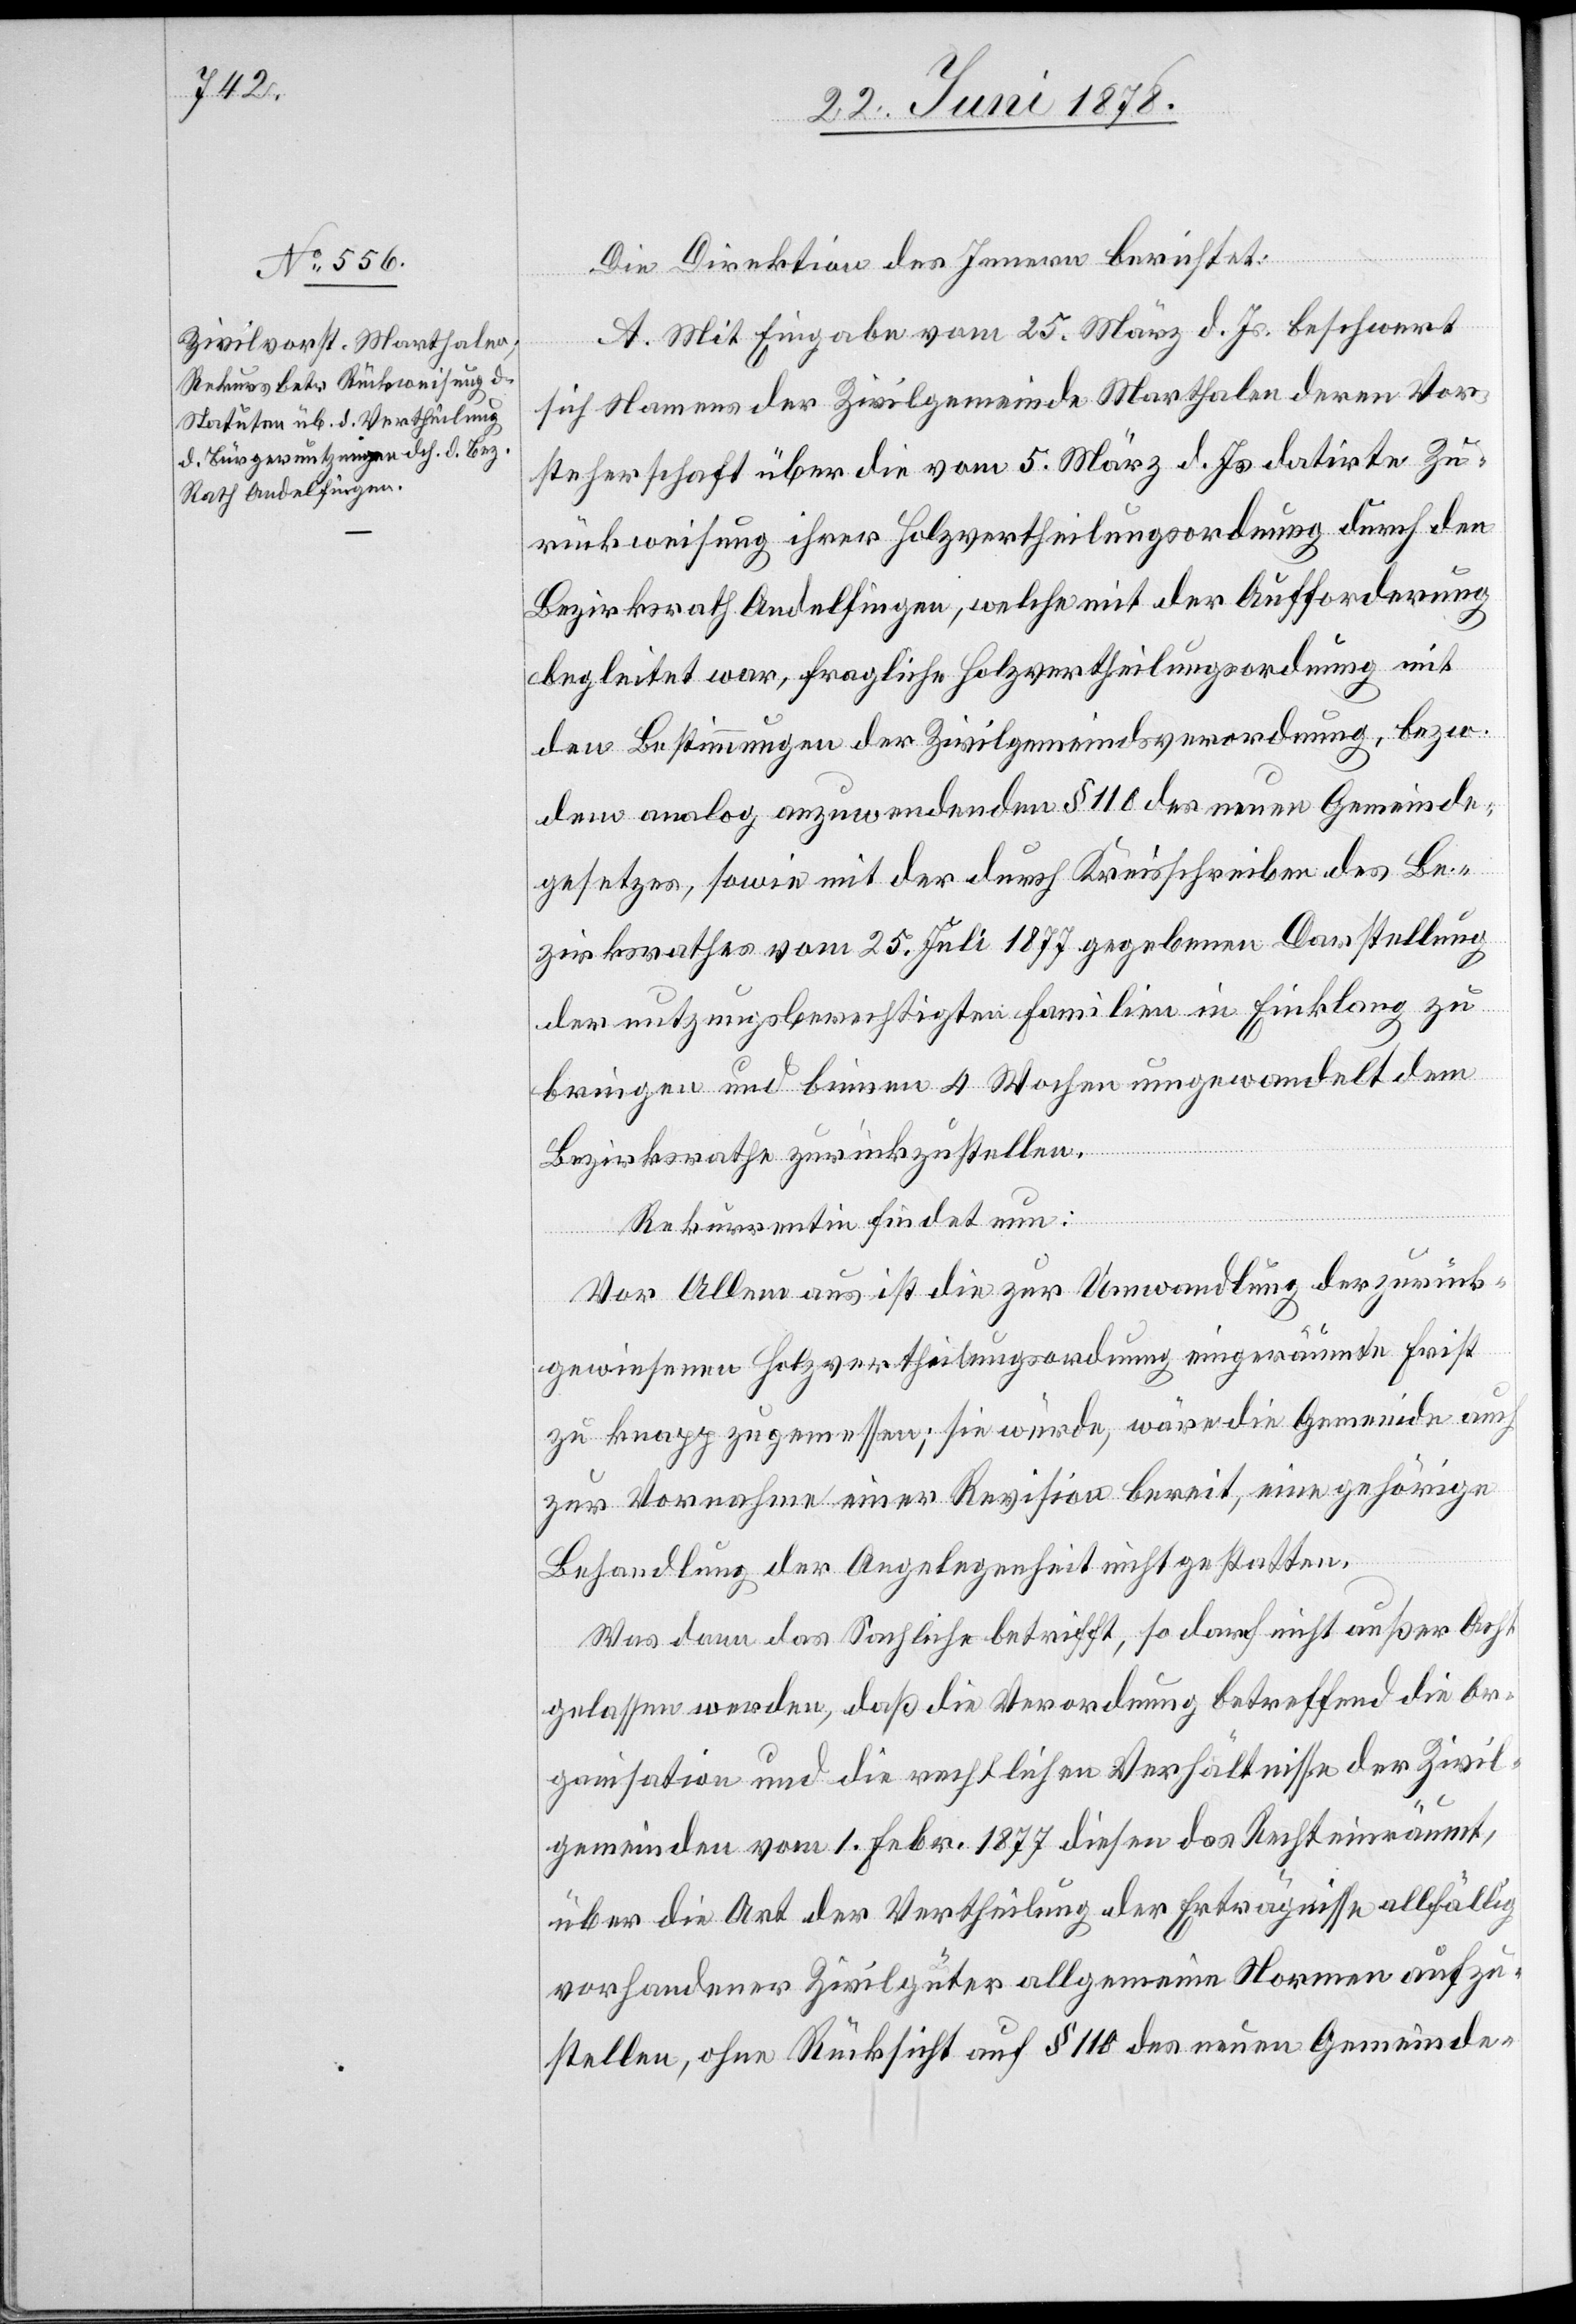
Die Direktion des Innern berichtet:
A. Mit Eingabe vom 25. März d. Js. beschwert
sich Namens der Zivilgemeinde Marthalen deren Vor¬
steherschaft über die vom 5. März d. Js. datirte Zu¬
rückweisung ihrer Holzvertheilungsordnung durch den
Bezirksrath Andelfingen, welche mit der Aufforderung
begleitet war, fragliche Holzvertheilungsordnung mit
den Bestimmungen der Zivilgemeindsverordnung, bezw.
dem analog anzuwendenden § 110 des neuen Gemeinde¬
gesetzes, sowie mit der durch Kreisschreiben des Be¬
zirksrathes vom 25. Juli 1877 gegebenen Darstellung
der nutzungsberechtigten Familien in Einklang zu
bringen und binnen 4 Wochen umgewandelt dem
Bezirksrathe zurückzustellen.
Rekurrentin findet nun:
Vor Allem aus ist die zur Umwandlung der zurück¬
gewiesenen Holzvertheilungsordnung eingeräumte Frist
zu knapp zugemessen; sie würde, wäre die Gemeinde auch
zur Vornahme einer Revision bereit, eine gehörige
Behandlung der Angelegenheit nicht gestatten.
Was dann das Sachliche betrifft, so darf nicht außer Acht
gelassen werden, daß die Verordnung betreffend die Or¬
ganisation und die rechtlichen Verhältnisse der Zivil¬
gemeinden vom 1. Febr. 1877 diesen das Recht einräumt,
über die Art der Vertheilung der Erträgnisse allfällig
vorhandener Zivilgüter allgemeine Normen aufzu¬
stellen, ohne Rücksicht auf § 110 des neuen Gemeinde-